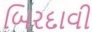
બિરદાવી